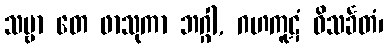
သဗ္ဗာ တေ ဖာသုကာ ဘဂ္ဂါ, ဂဟကူဋံ ဝိသင်္ခတံ၊